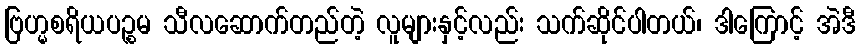
ဗြဟ္မစရိယပဉ္စမ သီလဆောက်တည်တဲ့ လူများနှင့်လည်း သက်ဆိုင်ပါတယ်၊ ဒါကြောင့် အဲဒီ